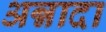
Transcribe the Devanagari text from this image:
अन्नादा